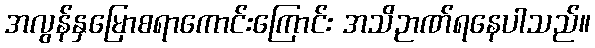
အလွန်နှမြောစရာကောင်းကြောင်း အသိဉာဏ်ရနေပါသည်။